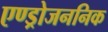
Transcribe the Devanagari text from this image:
एण्ड्रोजननिक